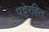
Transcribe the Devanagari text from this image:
पट्टेरहित